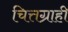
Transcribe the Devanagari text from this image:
चित्तग्राही